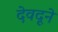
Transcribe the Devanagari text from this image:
देवदूने